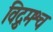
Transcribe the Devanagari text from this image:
विद्रुमश्च